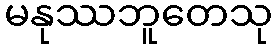
မနုဿဘူတေသု